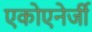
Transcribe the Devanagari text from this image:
एकोएनेर्जी